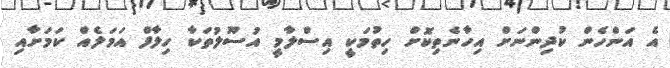
އެ އަންހެން ކުދިންނަށް އިހާނެތިކޮށް ހިތުމަކީ އިސްލާމީ އުސޫލުތަކާ ހިލާފް އަމަލެއް ކަމަށާއި